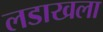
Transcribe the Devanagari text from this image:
लडाखला